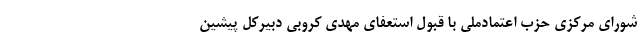
شورای مرکزی حزب اعتمادملی با قبول استعفای مهدی کروبی دبیرکل پیشین